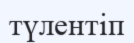
түлентіп